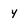
Character: y